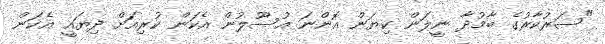
"ސަރުކާރުގެ ބާމުދާ ނީލަން ކިޔަން އޮންނަ އުސޫލުން އެކަން ކުރިއަށް ދިޔައީ އެކަން